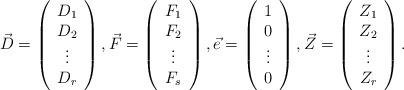
LaTeX: \begin{align*}\vec{D}=\left( \begin{array}{c}D_{1}\\D_{2}\\\vdots \\D_{r}\end{array}\right), \vec{F}=\left( \begin{array}{c}F_{1}\\F_{2}\\\vdots \\F_{s}\end{array}\right),\vec{e}=\left( \begin{array}{c}1\\0\\\vdots \\0\end{array}\right),\vec{Z}=\left( \begin{array}{c}Z_{1}\\Z_{2}\\\vdots \\Z_{r}\end{array}\right).\end{align*}